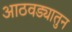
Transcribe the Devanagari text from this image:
आठवड्यातुन